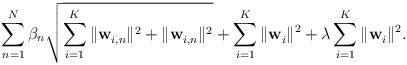
LaTeX: \begin{align*}\sum^{N}_{n=1}\beta_n\sqrt{\sum^{K}_{i=1}\|\mathbf{w}^{}_{i,n}\|^2+\|\mathbf{w}^{}_{i,n}\|^2} + \sum_{i=1}^{K}\|\mathbf{w}^{}_i\|^2 + \lambda\sum_{i=1}^{K}\|\mathbf{w}^{}_i\|^2.\end{align*}